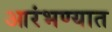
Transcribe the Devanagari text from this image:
आरंभण्यात